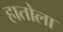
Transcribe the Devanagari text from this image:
हातोला